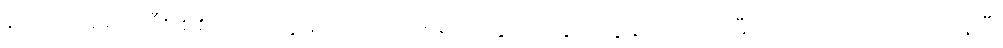
ကြောက်စရာကြီး၊ စစ်သားတွေမှာလည်း ဒဏ်ရာတွေနဲ့ သွေးတွေချည်းပဲ၊ သမီးတော့ သိပ်ကြောက်နေပြီ၊